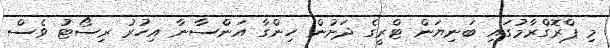
މި ޕްރޮގްރާމުގައި ބަނިޔަން ޓްރީގެ ދަށުން ހިންގާ އަންސާނާ އިހުރު ރިސޯޓު ވެސް